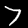
Label: 7